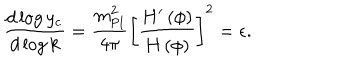
LaTeX: { \frac { d \log { y _ { \mathrm { c } } } } { d \log { k } } } = { \frac { m _ { \mathrm { P l } } ^ { 2 } } { 4 \pi } } \left[ { \frac { H ^ { \prime } \left( \phi \right) } { H \left( \phi \right) } } \right] ^ { 2 } = \epsilon .